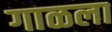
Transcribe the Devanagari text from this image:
गाळला